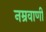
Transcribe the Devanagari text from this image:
नम्रवाणी